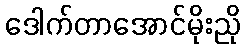
ဒေါက်တာအောင်မိုးညို